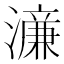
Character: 濓